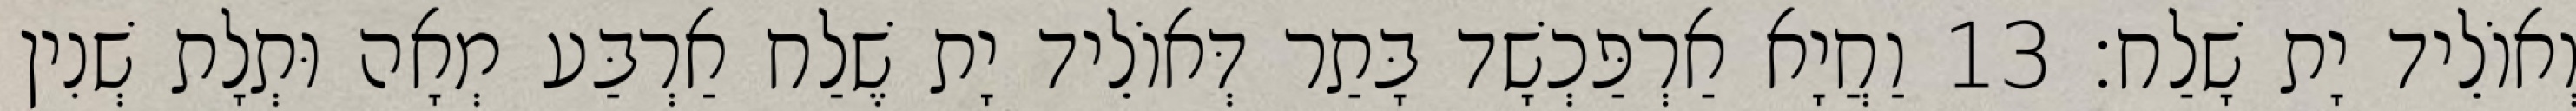
וְאוֹלֵיד יָת שָׁלַח׃ 13 וַחֲיָא אַרְפַּכְשָׁד בָּתַר דְּאוֹלֵיד יָת שֶׁלַח אַרְבַּע מְאָה וּתְלָת שְׁנִין